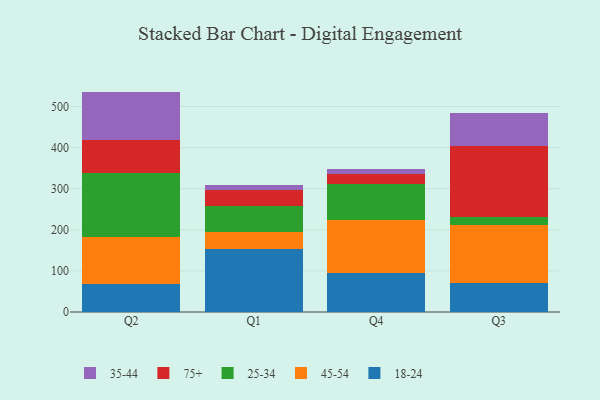
{"axis": {"x": "Quarter", "y": "Production Output"}, "legend": ["18-24", "25-34", "35-44", "45-54", "75+"], "data": [{"x": "Q2", "y": 68.5, "type": "18-24"}, {"x": "Q2", "y": 113.2, "type": "45-54"}, {"x": "Q2", "y": 157.5, "type": "25-34"}, {"x": "Q2", "y": 79.9, "type": "75+"}, {"x": "Q2", "y": 117.2, "type": "35-44"}, {"x": "Q1", "y": 154.1, "type": "18-24"}, {"x": "Q1", "y": 39.5, "type": "45-54"}, {"x": "Q1", "y": 63.6, "type": "25-34"}, {"x": "Q1", "y": 38.6, "type": "75+"}, {"x": "Q1", "y": 12.9, "type": "35-44"}, {"x": "Q4", "y": 96.1, "type": "18-24"}, {"x": "Q4", "y": 127.1, "type": "45-54"}, {"x": "Q4", "y": 87.3, "type": "25-34"}, {"x": "Q4", "y": 24.1, "type": "75+"}, {"x": "Q4", "y": 12.9, "type": "35-44"}, {"x": "Q3", "y": 71.6, "type": "18-24"}, {"x": "Q3", "y": 139.9, "type": "45-54"}, {"x": "Q3", "y": 19.1, "type": "25-34"}, {"x": "Q3", "y": 174.3, "type": "75+"}, {"x": "Q3", "y": 79.2, "type": "35-44"}]}